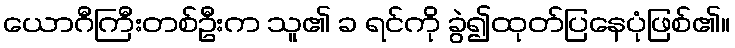
ယောဂီကြီးတစ်ဦးက သူ၏ ခ ရင်ကို ခွဲ၍ထုတ်ပြနေပုံဖြစ်၏။